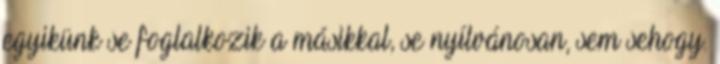
egyikünk se foglalkozik a másikkal, se nyílvánosan, sem sehogy.